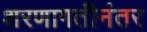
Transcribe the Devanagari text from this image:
शरणागतीनंतर